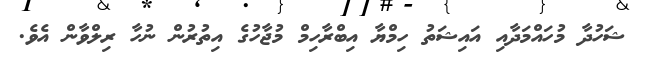
ޝަހުދާ މުހައްމަދާއި އައިޝަތު ހިމްޔާ އިބްރާހިމް މުޖާހުގެ އިތުރުން ނުހާ ރިލްވާން އެވެ.